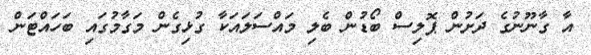
އާ ގާނޫނުގެ ދަށުން ޕޮލިސް ބޯޑުން ބެލި މައްސަލައަކާ ގުޅިގެން މަގާމުގައި ބަހައްޓަން